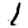
Digit: 1